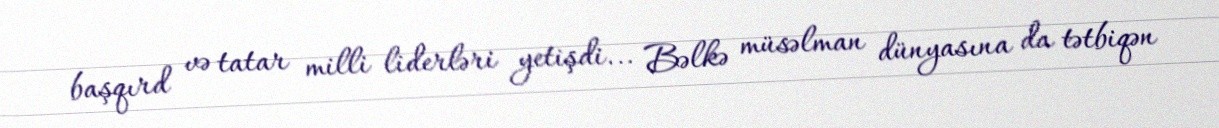
başqırd və tatar milli liderləri yetişdi... Bəlkə müsəlman dünyasına da tətbiqən